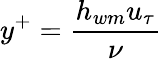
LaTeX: y^{+}=\frac{h_{wm}u_{\tau}}{\nu}